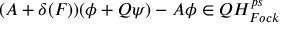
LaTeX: ( A + \delta ( F ) ) ( \phi + Q \psi ) - A \phi \in Q H _ { F o c k } ^ { p s }